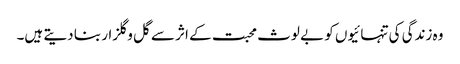
وہ زندگی کی تنہائیوں کو بے لوث محبت کے اثر سے گل و گلزار بنا دیتے ہیں۔